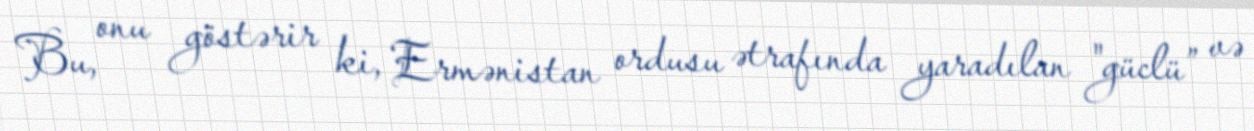
Bu, onu göstərir ki, Ermənistan ordusu ətrafında yaradılan "güclü” və